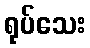
ရုပ်သေး